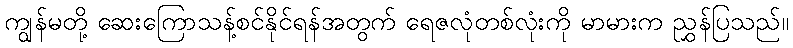
ကျွန်မတို့ ဆေးကြောသန့်စင်နိုင်ရန်အတွက် ရေဇလုံတစ်လုံးကို မာမားက ညွှန်ပြသည်။